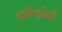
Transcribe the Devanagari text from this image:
कोंणतेही